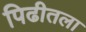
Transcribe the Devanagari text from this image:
पिढीतला